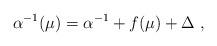
LaTeX: \begin{align*}\alpha^{-1}(\mu)=\alpha^{-1} +f(\mu)+\Delta~,\end{align*}